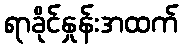
ရာခိုင်နှုန်းအထက်